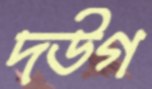
দউগ